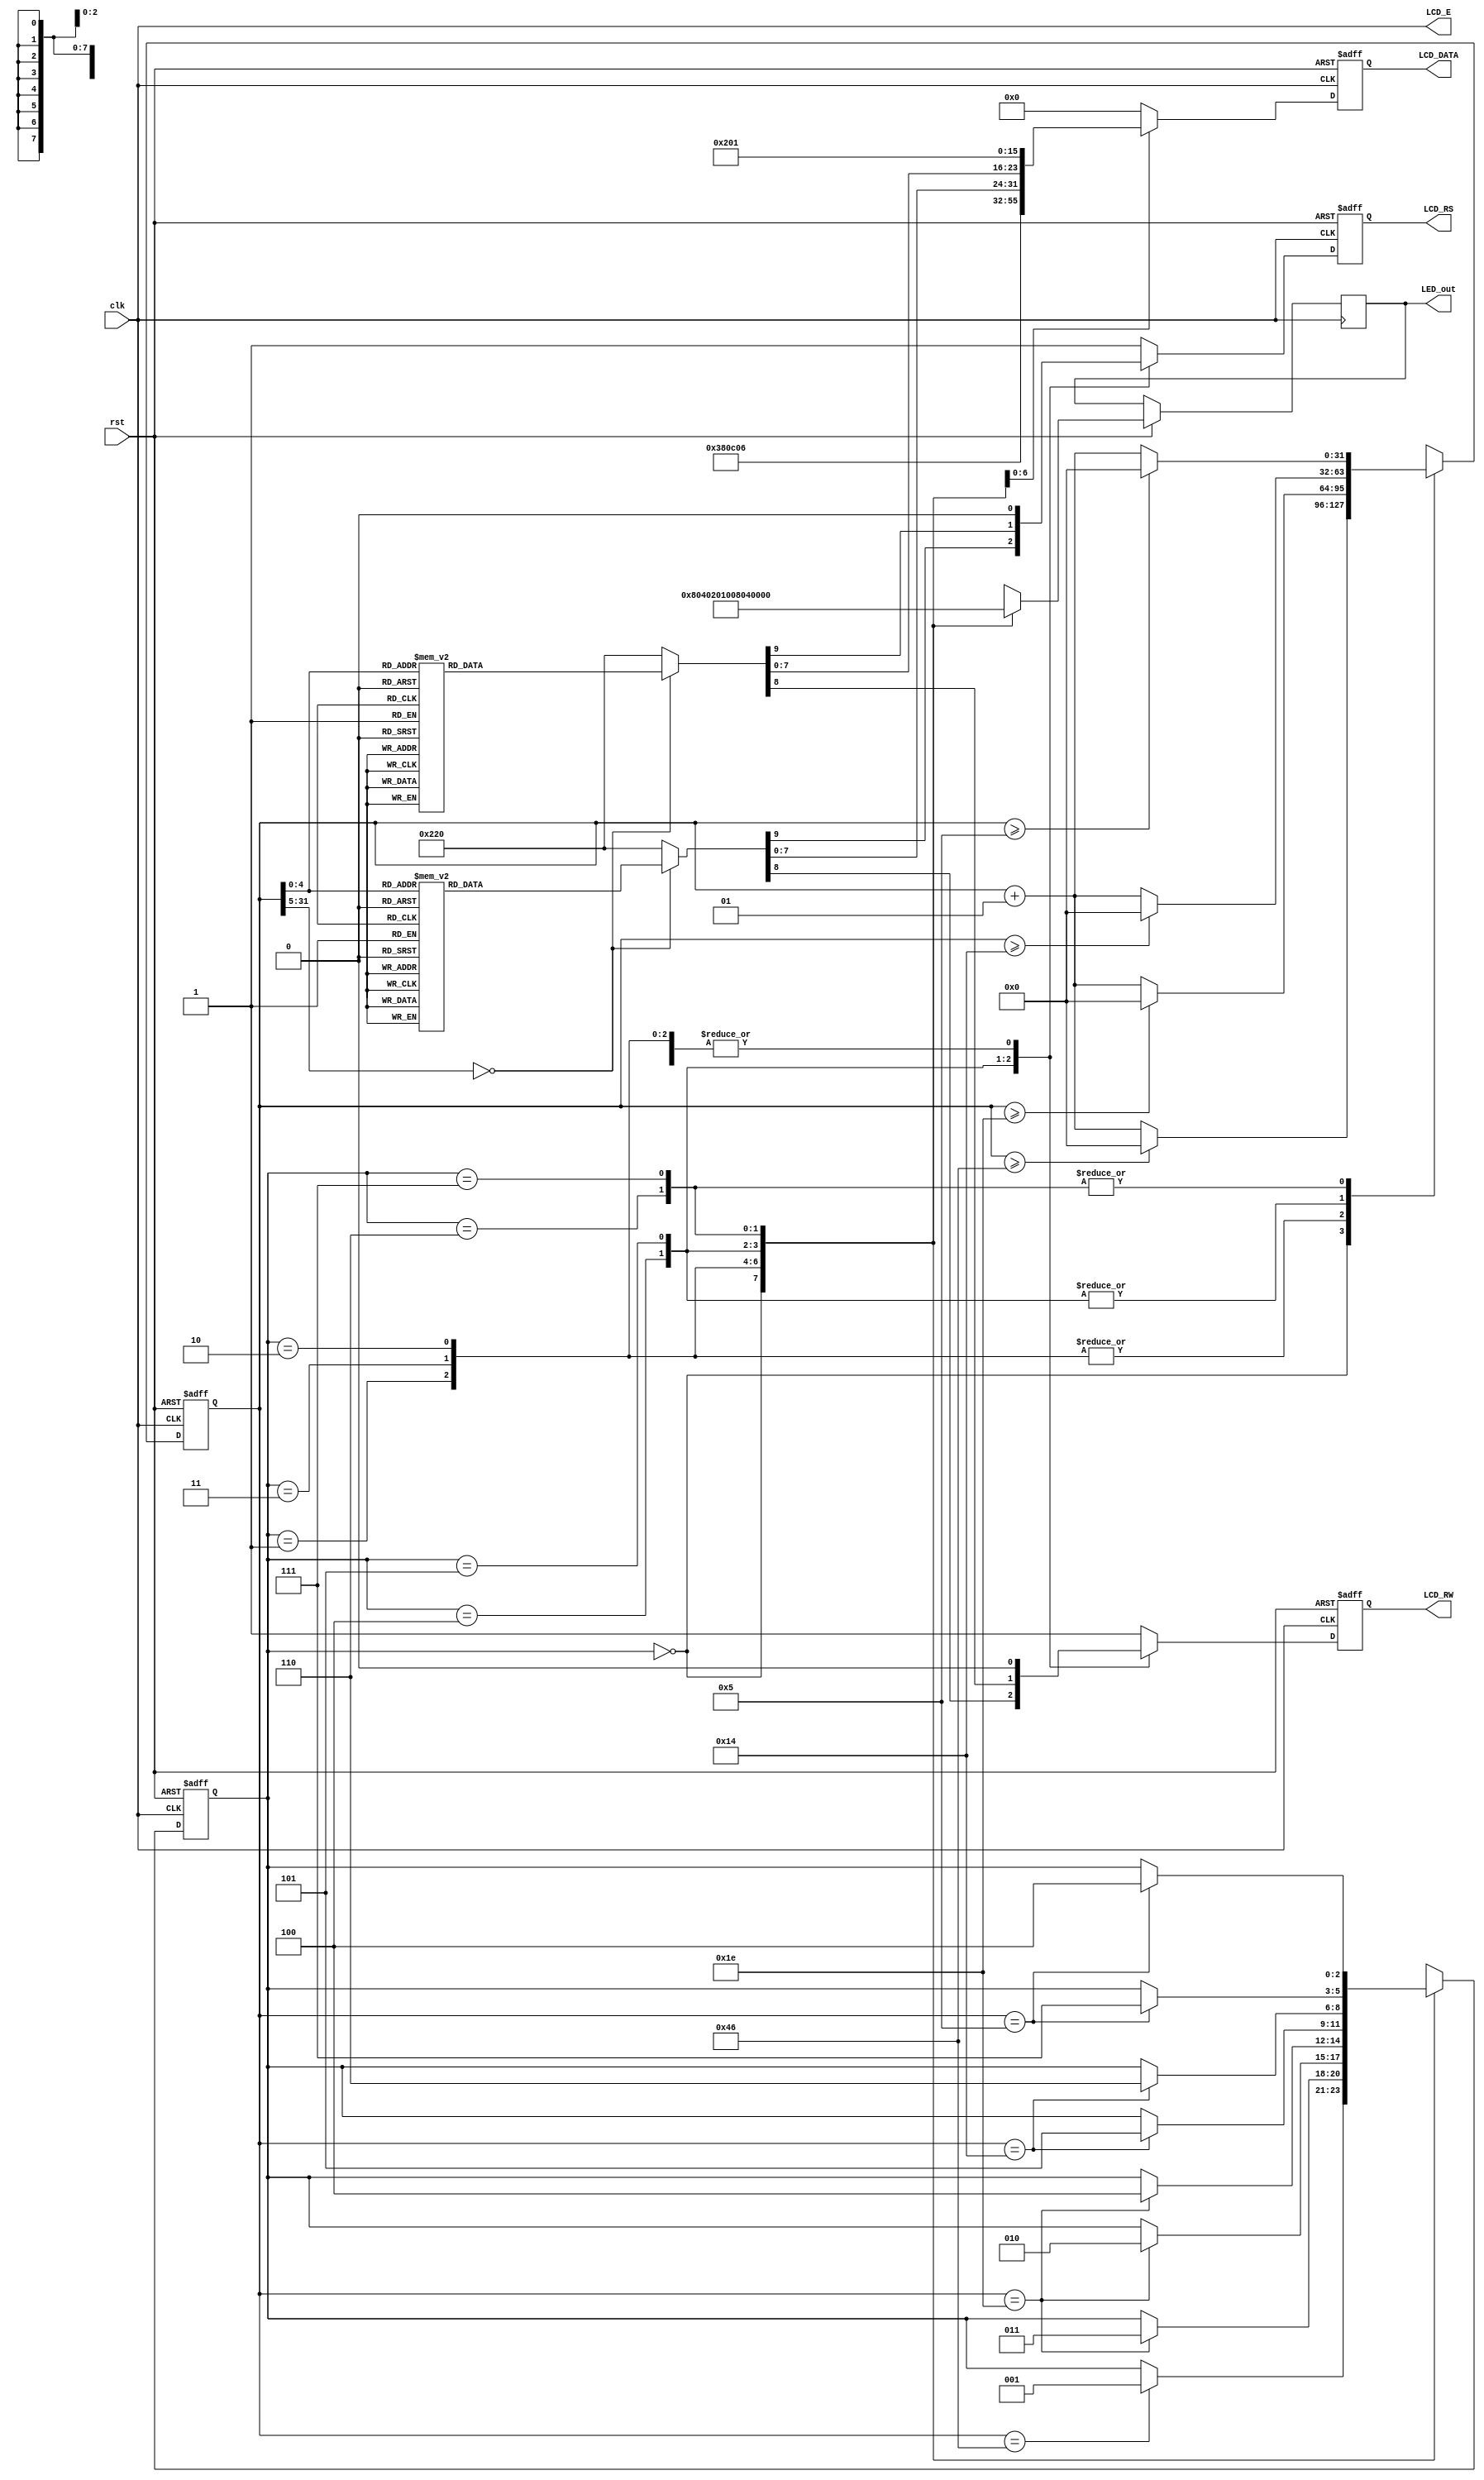
module text_lcd_basic(clk, rst, LCD_E, LCD_RS, LCD_RW, LCD_DATA, LED_out);
input clk, rst;
output reg LCD_RS, LCD_RW;
output LCD_E;
output reg [7:0] LCD_DATA, LED_out;
reg [2:0] state;
parameter  DELAY = 3'b000,
			FUNCTION_SET = 3'b001,
			ENTRY_MODE = 3'b010,
			DISP_ONOFF = 3'b011,
			LINE1 = 3'b100,
			LINE2 = 3'b101,
			DELAY_T = 3'b110,
			CLEAR_DISP = 3'b111;
integer cnt;
always @(posedge clk or negedge rst) begin
	if(!rst) begin
		state = DELAY;
	end
	else begin
		case(state)
			DELAY : begin
				LED_out = 8'b1000_0000;
				if(cnt == 70) state = FUNCTION_SET;
			end
			FUNCTION_SET : begin
				LED_out = 8'b0100_0000;
				if(cnt == 30) state = DISP_ONOFF;
			end
			DISP_ONOFF : begin
				LED_out = 8'b0010_0000;
				if(cnt == 30) state = ENTRY_MODE;
			end
			ENTRY_MODE : begin
				LED_out = 8'b0001_0000;
				if(cnt == 30) state = LINE1;
			end
			LINE1 : begin
				LED_out = 8'b0000_1000;
				if(cnt == 20) state = LINE2;
			end
			LINE2 : begin
				LED_out = 8'b0000_0100;
				if(cnt == 20) state = DELAY_T;
			end
			DELAY_T : begin
				LED_out = 8'b0000_0010;
				if(cnt == 5) state = CLEAR_DISP;
			end
			CLEAR_DISP : begin
				LED_out = 8'b0000_0001;
				if(cnt == 5) state = LINE1;
			end
			default : begin
				state = DELAY;
			end
		endcase
	end
end
always @(posedge clk or negedge rst) begin
	if(!rst)
		cnt = 0;
	else begin	
		case(state)
			DELAY :
				if(cnt >= 70) cnt = 0;
				else cnt = cnt + 1;
			FUNCTION_SET :
				if(cnt >= 30) cnt = 0;
				else cnt = cnt + 1;
			DISP_ONOFF :
				if(cnt >= 30) cnt = 0;
				else cnt = cnt + 1;
			ENTRY_MODE :
				if(cnt >= 30) cnt = 0;
				else cnt = cnt + 1;
			LINE1 :
				if(cnt >= 20) cnt = 0;
				else cnt = cnt + 1;
			LINE2 :
				if(cnt >= 20) cnt = 0;
				else cnt = cnt + 1;
			DELAY_T :
				if(cnt >= 5) cnt = 0;
				else cnt = cnt + 1;
			CLEAR_DISP :
				if(cnt >= 5) cnt = 0;
				else cnt = cnt + 1;
			//default : state = DELAY;
		endcase
	end
end
always @(posedge clk or negedge rst) begin
	if(!rst)
		{LCD_RS, LCD_RW, LCD_DATA} = 10'b1_1_0000_0000;
	else begin
		case(state)
			FUNCTION_SET :
				{LCD_RS, LCD_RW, LCD_DATA} = 10'b0_0_0011_1000;
			DISP_ONOFF :
				{LCD_RS, LCD_RW, LCD_DATA} = 10'b0_0_0000_1100;
			ENTRY_MODE :
				{LCD_RS, LCD_RW, LCD_DATA} = 10'b0_0_0000_0110;
			LINE1 :	 begin
				case(cnt)
					00 : {LCD_RS, LCD_RW, LCD_DATA} = 10'b0_0_1000_0000;
					01 : {LCD_RS, LCD_RW, LCD_DATA} = 10'b1_0_0010_0000;
					02 : {LCD_RS, LCD_RW, LCD_DATA} = 10'b1_0_0100_1000; //H
					03 : {LCD_RS, LCD_RW, LCD_DATA} = 10'b1_0_0100_0101; //E
					04 : {LCD_RS, LCD_RW, LCD_DATA} = 10'b1_0_0100_1100; //L
					05 : {LCD_RS, LCD_RW, LCD_DATA} = 10'b1_0_0100_1100; //L
					06 : {LCD_RS, LCD_RW, LCD_DATA} = 10'b1_0_0100_1111; //O
					07 : {LCD_RS, LCD_RW, LCD_DATA} = 10'b1_0_0010_0000;
					08 : {LCD_RS, LCD_RW, LCD_DATA} = 10'b1_0_0101_0111; //W
					09 : {LCD_RS, LCD_RW, LCD_DATA} = 10'b1_0_0100_1111; //O
					10 : {LCD_RS, LCD_RW, LCD_DATA} = 10'b1_0_0101_0010; //R
					11 : {LCD_RS, LCD_RW, LCD_DATA} = 10'b1_0_0100_1100; //L
					12 : {LCD_RS, LCD_RW, LCD_DATA} = 10'b1_0_0100_0100; //D
					13 : {LCD_RS, LCD_RW, LCD_DATA} = 10'b1_0_0010_0001; //!
					14 : {LCD_RS, LCD_RW, LCD_DATA} = 10'b1_0_0010_0000;
					15 : {LCD_RS, LCD_RW, LCD_DATA} = 10'b1_0_0010_0000;
					16 : {LCD_RS, LCD_RW, LCD_DATA} = 10'b1_0_0010_0000;
					default : {LCD_RS, LCD_RW, LCD_DATA} = 10'b1_0_0010_0000;
				endcase
			end
			LINE2: begin
				case(cnt)
					00 : {LCD_RS, LCD_RW, LCD_DATA} = 10'b0_0_1100_0000;
					01 : {LCD_RS, LCD_RW, LCD_DATA} = 10'b1_0_0011_0010; //2
					02 : {LCD_RS, LCD_RW, LCD_DATA} = 10'b1_0_0011_0000; //0
					03 : {LCD_RS, LCD_RW, LCD_DATA} = 10'b1_0_0011_0001; //1
					04 : {LCD_RS, LCD_RW, LCD_DATA} = 10'b1_0_0011_0111; //7
					05 : {LCD_RS, LCD_RW, LCD_DATA} = 10'b1_0_0011_0100; //4
					06 : {LCD_RS, LCD_RW, LCD_DATA} = 10'b1_0_0011_0100; //4
					07 : {LCD_RS, LCD_RW, LCD_DATA} = 10'b1_0_0011_0000; //0
					08 : {LCD_RS, LCD_RW, LCD_DATA} = 10'b1_0_0011_0000; //0
					09 : {LCD_RS, LCD_RW, LCD_DATA} = 10'b1_0_0011_0111; //7
					10 : {LCD_RS, LCD_RW, LCD_DATA} = 10'b1_0_0011_0101; //5
					11 : {LCD_RS, LCD_RW, LCD_DATA} = 10'b1_0_0010_0000; //
					12 : {LCD_RS, LCD_RW, LCD_DATA} = 10'b1_0_0100_0001; //A
					13 : {LCD_RS, LCD_RW, LCD_DATA} = 10'b1_0_0100_0010; //B
					14 : {LCD_RS, LCD_RW, LCD_DATA} = 10'b1_0_0010_0000; //
					15 : {LCD_RS, LCD_RW, LCD_DATA} = 10'b1_0_0010_0000; //
					16 : {LCD_RS, LCD_RW, LCD_DATA} = 10'b1_0_0010_0000; //
					default : {LCD_RS, LCD_RW, LCD_DATA} = 10'b1_0_0010_0000; //
				endcase
			end
			DELAY_T :
				{LCD_RS, LCD_RW, LCD_DATA} = 10'b0_0_0000_0010;
			CLEAR_DISP :
				{LCD_RS, LCD_RW, LCD_DATA} = 10'b0_0_0000_0001;
			default :
				{LCD_RS, LCD_RW, LCD_DATA} = 10'b1_1_0000_0000;
		endcase
	end
end

assign LCD_E = clk;

endmodule